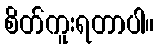
စိတ်ကူးရတာပါ။